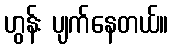
ဟွန်း ပျက်နေတယ်။